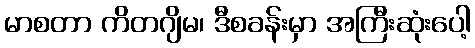
မာစတာ ကိတဂျိမ၊ ဒီစခန်းမှာ အကြီးဆုံးပေါ့